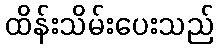
ထိန်းသိမ်းပေးသည်